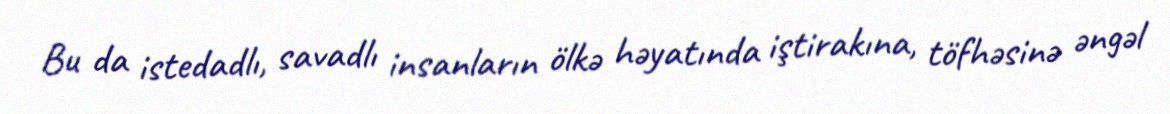
Bu da istedadlı, savadlı insanların ölkə həyatında iştirakına, töfhəsinə əngəl